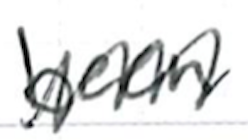
Text: been
Cross-out: zig-zag
Writing tool: ballpoint